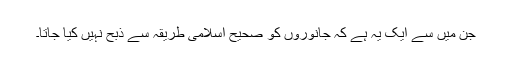
جن میں سے ایک یہ ہے کہ جانوروں کو صحیح اسلامی طریقہ سے ذبح نہیں کیا جاتا۔